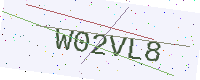
Text: W02VL8